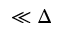
\ll \Delta